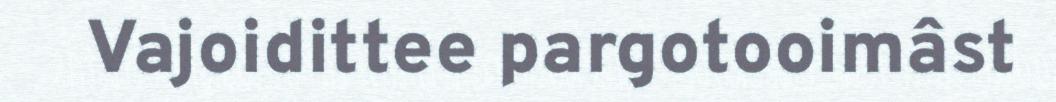
Vajoidittee pargotooimâst